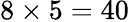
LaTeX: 8\times 5=40